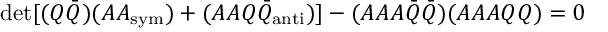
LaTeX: \operatorname * { d e t } [ ( Q { \bar { Q } } ) ( A A _ { \mathrm { s y m } } ) + ( A A Q { \bar { Q } } _ { \mathrm { a n t i } } ) ] - ( A A A { \bar { Q } } { \bar { Q } } ) ( A A A Q Q ) = 0